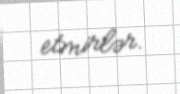
etmirlər.